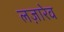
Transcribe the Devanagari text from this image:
लज़ारेव